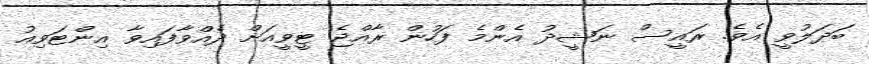
ބަދަލުވީ އެވެ. ރައީސް ނަޝީދު އެންމެ ފަހުން ރާއްޖެ ޓީވީއަށް ދެއްވާފައިވާ އިންޓަވިއު